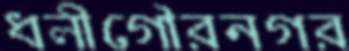
ধলীগৌরনগর